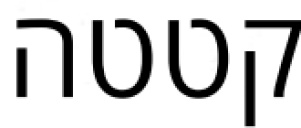
קטטה